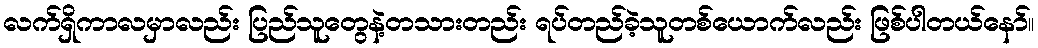
လက်ရှိကာလမှာလည်း ပြည်သူတွေနဲ့တသားတည်း ရပ်တည်ခဲ့သူတစ်ယောက်လည်း ဖြစ်ပါတယ်နော်။